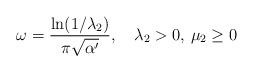
LaTeX: \begin{align*}\omega={{\ln(1/{\lambda_2})}\over{\pi\sqrt{\alpha'}}}, \quad{\lambda_2}>0,\,{\mu_2}\geq 0\end{align*}